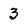
Character: 3